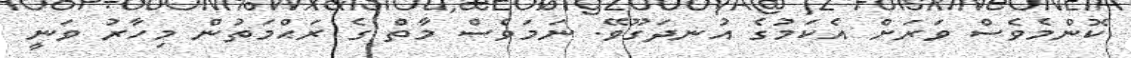
ކޮންމެވެސް ވަރަށް އެކަމުގެ އުނދަގޫވޭ. ނަމަވެސް މާތް ގެ ރަޙްމަތުން މިހާރު ވަނީ